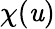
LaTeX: \chi(\mathit{u})